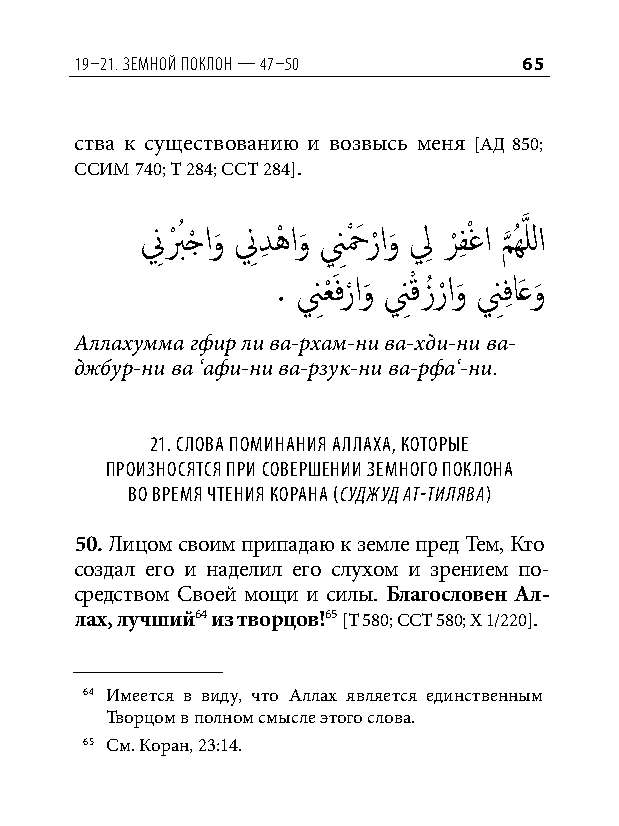
19–21. земной ПоК лон — 47–50 65
 ства к существованию и возвысь меня [АД 850;
 ССИМ 740; Т 284; ССТ 284].
 نِ بْ ُ جْ او
 َ
 نِ دِ هْ او
 َ
 نِحْ َ ر ْاو
 َ
 لِ ر
 ْ
 فِ ْغا م
 َّذ
 ُهَّذ للا
 . نِعْ َفر ْاو
 َ
 نِقْ زُر ْاو
 َ
 نِفِ اَعو
 َ
 Аллахумма гфир ли ва-рхам-ни ва-хди-ни ва-
 джбур-ни ва ‘афи-ни ва-рзук-ни ва-рфа‘-ни.
 21. Слова поминания аллаха, которые
 произноСятСя при Совершении земного поклона
 во время чтения корана (суджуд ат-тилява)
 50. Лицом своим припадаю к земле пред Тем, Кто
 создал его и наделил его слухом и зрением по-
 средством Своей мощи и силы. Благословен Ал-
 лах, лучший64 из творцов!65 [Т 580; ССТ 580; Х 1/220].
 64 Имеется в виду, что Аллах является единственным
 Творцом в полном смысле этого слова.
 65 См. Коран, 23:14.